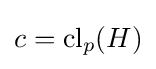
c=\mathrm {cl} _{p}(H)